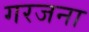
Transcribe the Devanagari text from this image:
गरजना